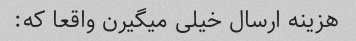
هزینه ارسال خیلی میگیرن واقعا که: